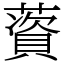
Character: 薋